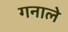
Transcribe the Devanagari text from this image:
गनाले